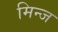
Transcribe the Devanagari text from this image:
मिन्ज